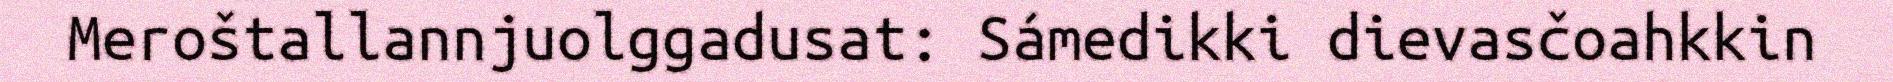
Meroštallannjuolggadusat: Sámedikki dievasčoahkkin